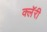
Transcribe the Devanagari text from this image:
क्लॅरी